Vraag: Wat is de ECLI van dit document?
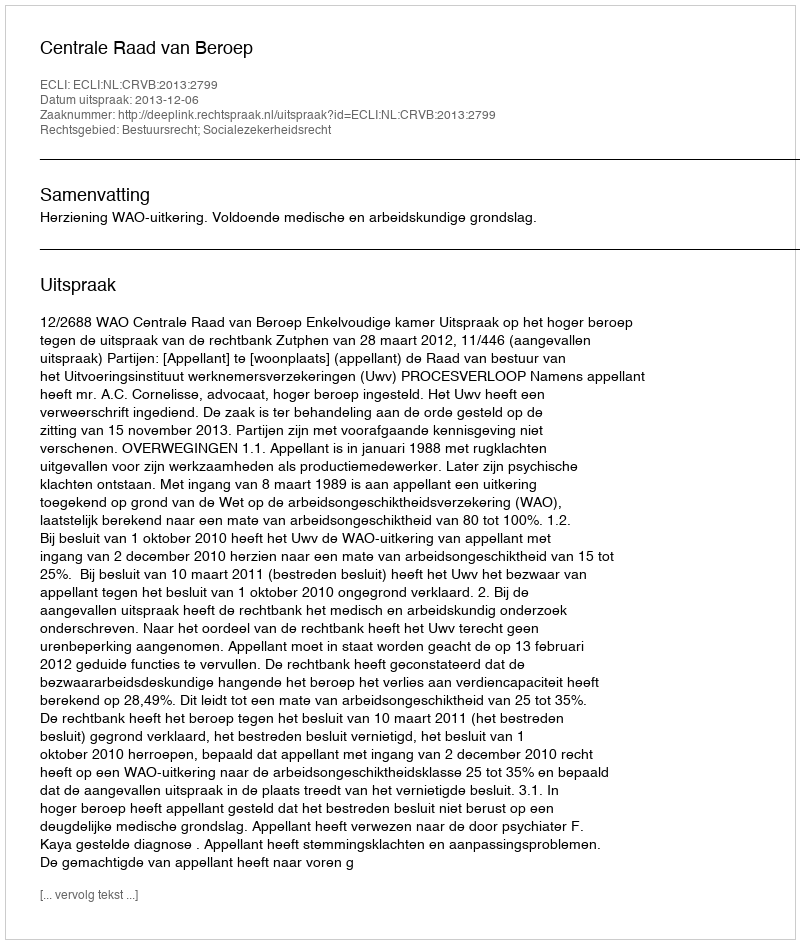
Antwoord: ECLI:NL:CRVB:2013:2799